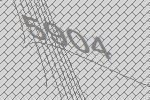
5904